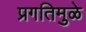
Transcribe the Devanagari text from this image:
प्रगतिमुळे